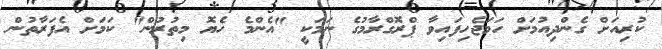
ކުރިއަށް ގެންދިއުމަށް ހަމަޖެހިފައިވާ ޕްރޮގްރާމުގެ ނަމަކީ "އެންމެ ހެޔޮ މިތުރުން" ކަމަށް އެފަރާތުން